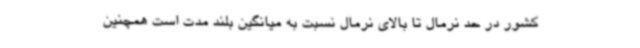
کشور در حد نرمال تا بالای نرمال نسبت به میانگین بلند مدت است همچنین